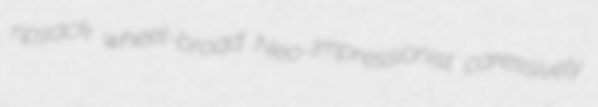
ripsack wheel-broad Neo-Impressionist caressively